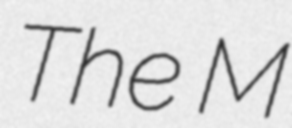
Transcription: The M